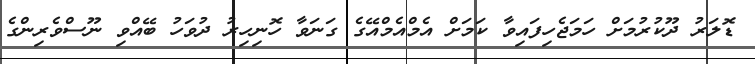
ޑޮލަރު ދޫކުރުމަށް ހަމަޖެހިފައިވާ ކަމަށް އެމްއެމްއޭގެ ގަނަވާ ހޮނިހިރު ދުވަހު ބޭއްވި ނޫސްވެރިންގެ